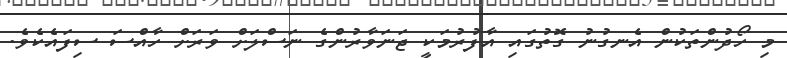
މި ހޯދުންތަކުން އެނގުނު ގޮތުގައި އާފުރުމަކީ ޖަނަވާރުންގެ ނަސްލަށް ވަރަށް ހާއްސަ ސިފައެކެވެ.